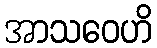
အာသဝေဟိ